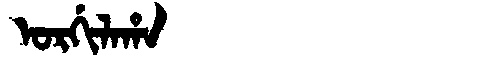
Manchu: ᠣᡵᡤᡳᠯᠠᡥᠠ
Romanization: ORGILAHA